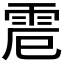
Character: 𩂒